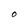
Character: O